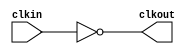
// ========== Copyright Header Begin ==========================================
// 
// OpenSPARC T1 Processor File: bw_clk_cclk_inv_128x.v
// Copyright (c) 2006 Sun Microsystems, Inc.  All Rights Reserved.
// DO NOT ALTER OR REMOVE COPYRIGHT NOTICES.
// 
// The above named program is free software; you can redistribute it and/or
// modify it under the terms of the GNU General Public
// License version 2 as published by the Free Software Foundation.
// 
// The above named program is distributed in the hope that it will be 
// useful, but WITHOUT ANY WARRANTY; without even the implied warranty of
// MERCHANTABILITY or FITNESS FOR A PARTICULAR PURPOSE.  See the GNU
// General Public License for more details.
// 
// You should have received a copy of the GNU General Public
// License along with this work; if not, write to the Free Software
// Foundation, Inc., 51 Franklin St, Fifth Floor, Boston, MA 02110-1301, USA.
// 
// ========== Copyright Header End ============================================
// --------------------------------------------------
// --------------------------------------------------
// 
module bw_clk_cclk_inv_128x (
    clkout,
    clkin );

    output clkout;
    input  clkin;
 
    assign clkout = ~( clkin );

endmodule